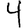
Digit: 4